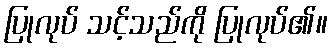
ပြုလုပ် သင့်သည်ကို ပြုလုပ်၏။